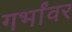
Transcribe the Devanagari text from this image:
गर्भांवर